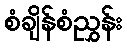
စံချိန်စံညွှန်း